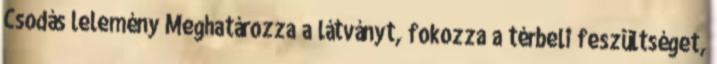
Csodás lelemény Meghatározza a látványt, fokozza a térbeli feszültséget,